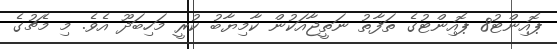
ޕޮއިންޓު8 ޕޮއިންޓުގެ ތަފާތު ނަތީޖާއަކުން ކާމިޔާބު ކުރީ މަހިބަދޫ އެވެ. މި މެޗުގެ